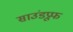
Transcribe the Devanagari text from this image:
साउंडप्रूफ